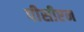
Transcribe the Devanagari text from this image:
पीसीएन